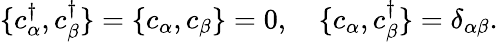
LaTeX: \{ c_{\alpha}^{\dagger},c_{\beta}^{\dagger}\} =\{ c_{\alpha},c_{\beta}\} =0,\quad\{ c_{\alpha},c_{\beta}^{\dagger}\} =\delta_{\alpha\beta}.